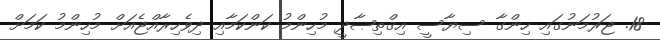
18. ޖަރުމަނުގައި ހިންގާ ސިޔާސީ އިޤްތިޞާދީ މުހިންމު ކަންކަމާއި ދިވެހިރާއްޖެއަށް މުހިންމު ކަމަށް